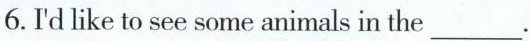
6.I'd like to see some animals in the___.